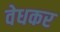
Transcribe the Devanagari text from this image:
वेधकर